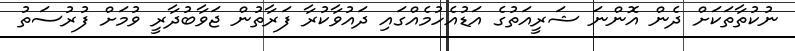
ނުކުތާތަކަށް ދެން އޮންނަ ޝަރީއަތުގެ އަޑުއެހުމެއްގައި ދައުވާކުރާ ފަރާތުން ޖަވާބުދާރީ ވުމަށް ފުރުސަތު